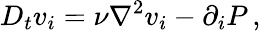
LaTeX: D_{t}v_{i}=\nu\nabla^{2}v_{i}-\partial_{i}P\, ,